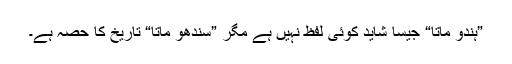
”ہندو ماتا“ جیسا شاید کوئی لفظ نہیں ہے مگر ”سندھو ماتا“ تاریخ کا حصہ ہے۔